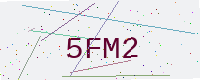
Text: 5FM2